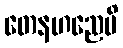
တေနဟညေပိ